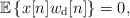
\begin{align*}{\mathbb{E}}\left\{x[n]w_{\rm d}[n]\right\} = 0,\end{align*}